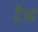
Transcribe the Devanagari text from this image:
हैआ